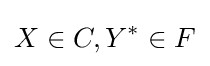
X\in C,Y^{*}\in F